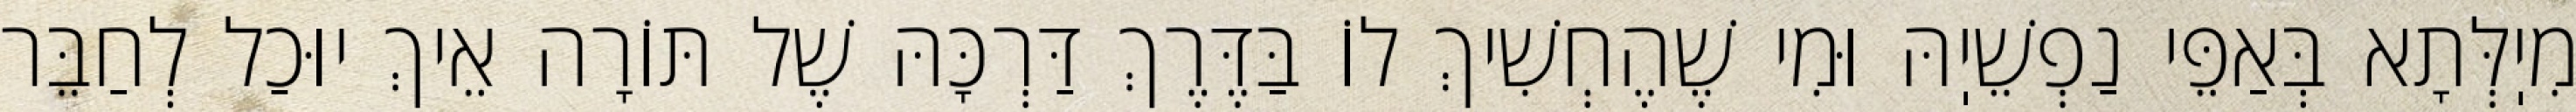
מִיֽלְּתָא בְּאַפֵּי נַפְשֵׁיֽהּ וּמִי שֶׁהֶחְשִׁיךְ לוֹ בַּדֶּרֶךְ דַּרְכָּהּ שֶׁל תּוֹרָה אֵיךְ יוּכַל לְחַבֵּר